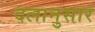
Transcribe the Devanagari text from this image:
दलानुसार